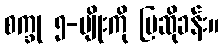
စက္ခု ၅-မျိုးကို ပြဆိုခန်း။